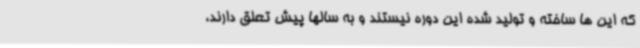
که این ها ساخته و تولید شده این دوره نیستند و به سالها پیش تعلق دارند،